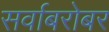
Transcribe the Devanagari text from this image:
सर्वाबरोबर